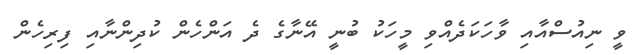
ވީ ނިއުސްއާއި ވާހަކަދެއްވި މީހަކު ބުނީ އޭނާގެ ދެ އަންހެން ކުދިންނާއި ފިރިހެން